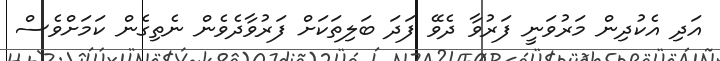
އަދި އެކުދިން މަރުވަނީ ފަރުވާ ދެވޭ ފަދަ ބަލިތަކަށް ފަރުވާދެވެން ނެތިގެން ކަމަށްވެސް